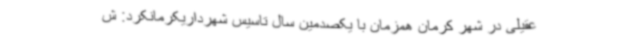
عقیلی در شهر کرمان همزمان با یکصدمین سال تاسیس شهرداریکرمانکرد: ش